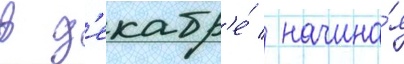
в д'екабр'е́ / начина́я